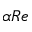
\alpha R e